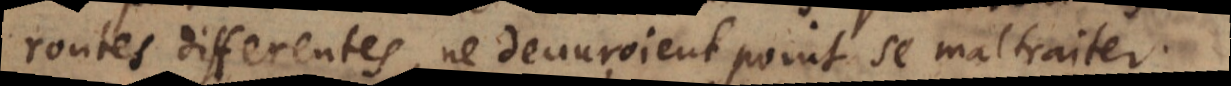
routes differentes, ne deuvroient point se maltraiter.